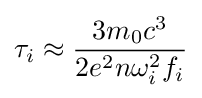
\tau _{i}\approx {\frac {3m_{0}c^{3}}{2e^{2}n\omega _{i}^{2}f_{i}}}